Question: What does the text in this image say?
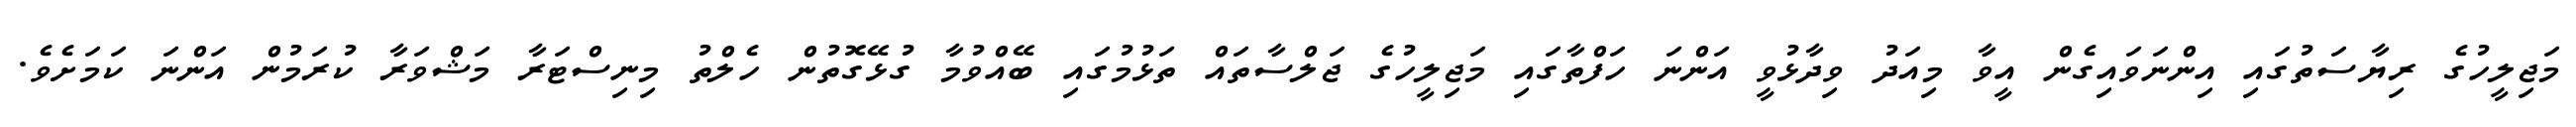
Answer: މަޖިލީހުގެ ރިޔާސަތުގައި އިންނަވައިގެން އީވާ މިއަދު ވިދާޅުވީ އަންނަ ހަފްތާގައި މަޖިލީހުގެ ޖަލްސާތައް ތަޅުމުގައި ބޭއްވުމާ ގުޅޭގޮތުން ހެލްތު މިނިސްޓަރާ މަޝްވަރާ ކުރަމުން އަންނަ ކަމަށެވެ.